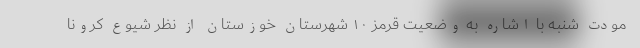
مودت شنبه با اشاره به وضعیت قرمز ۱۰ شهرستان خوزستان از نظر شیوع کرونا